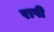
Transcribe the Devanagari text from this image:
राषी